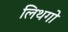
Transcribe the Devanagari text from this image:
लिथगो